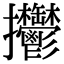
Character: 𢺴